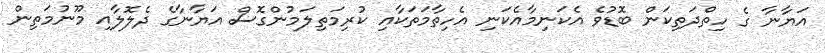
އަޔާނާ ގެ ހިތްދަތިކަން ބޮޑުވެ އެކަނިމާއެކަނި އެހިތާމަތަކާއި ކުރިމަތިލަމުންގޮސް އަޔާނާގެ ދެލޮލާއި މޫނުމަތިން